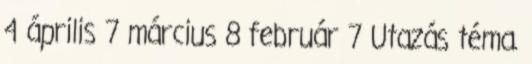
4 április 7 március 8 február 7 Utazás téma.